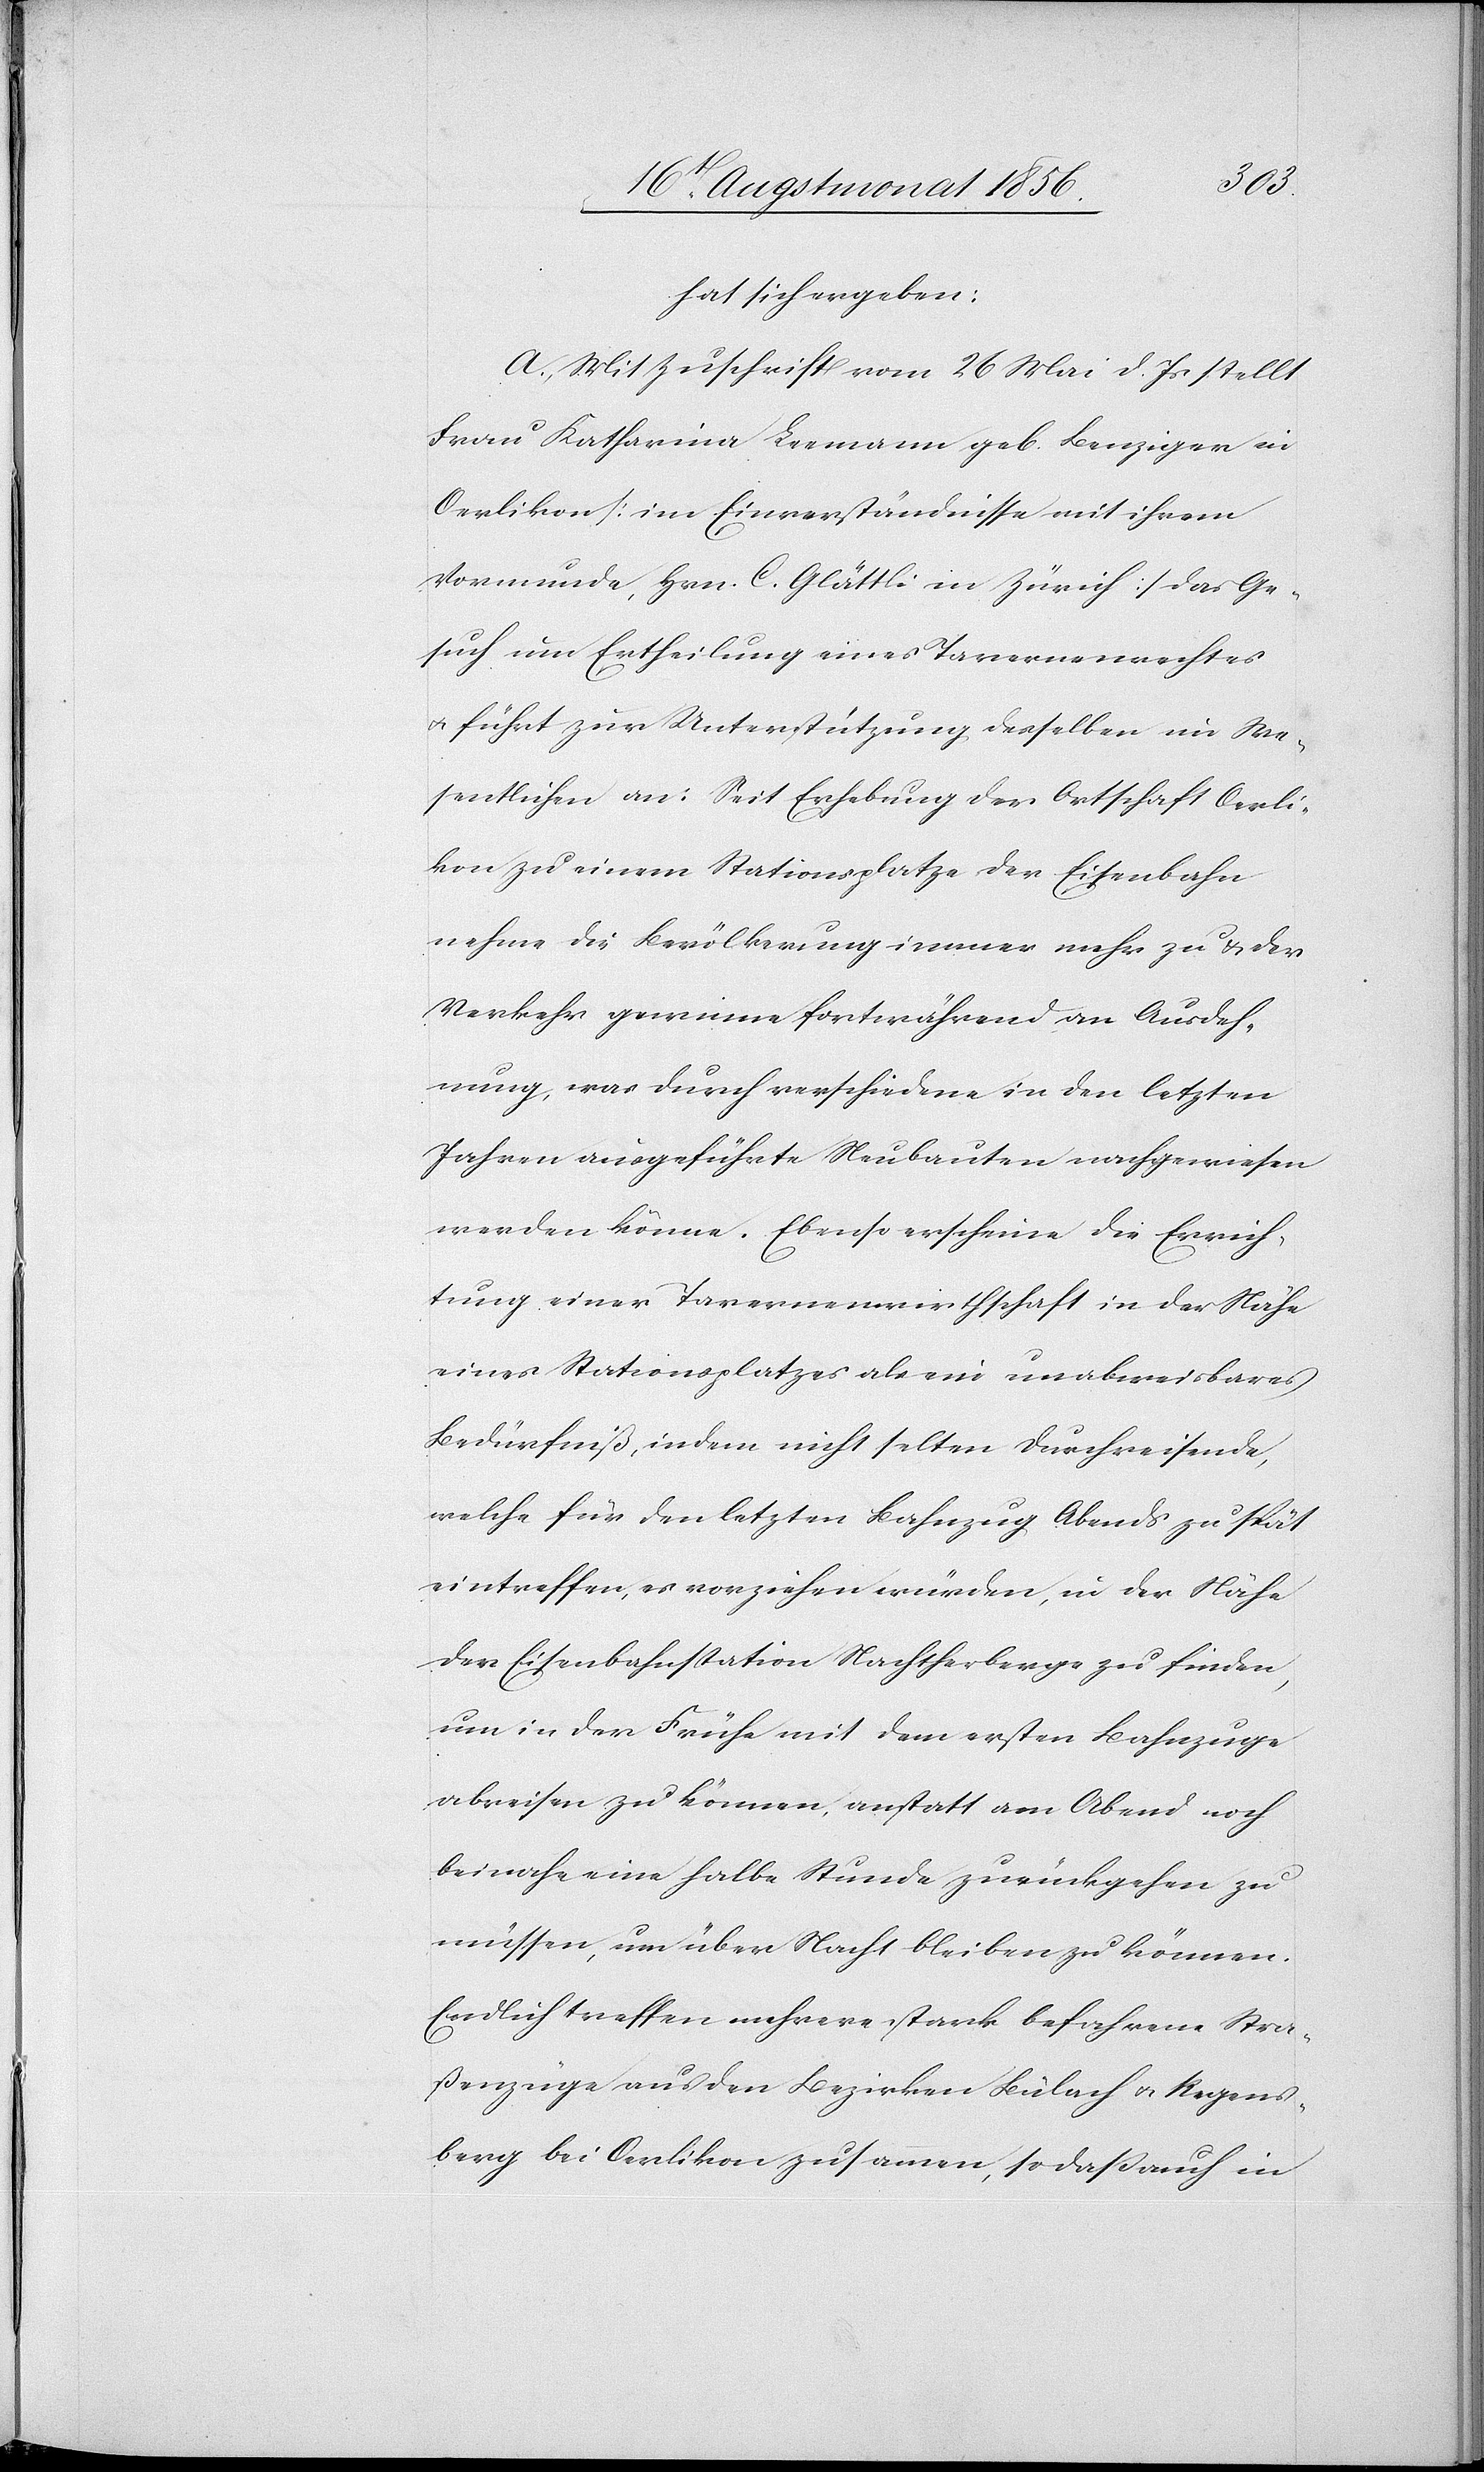
hat sich ergeben:
A.) Mit Zuschrift vom 26 Mai d. Js stellt
Frau Katharina Leemann geb. Benziger in
Oerlikon [im Einverständnisse mit ihrem
Vormunde, Hrn. C. Glättli in Zürich] das Ge¬
such um Ertheilung eines Tavernenrechtes
u. führt zur Unterstützung desselben im We¬
sentlichen an: Seit Erhebung der Ortschaft Oerli¬
kon zu einem Stationsplatze der Eisenbahn
nehme die Bevölkerung immer mehr zu & der
Verkehr gewinne fortwährend an Ausdeh¬
nung, was durch verschiedene in den letzten
Jahren ausgeführte Neubauten nachgewiesen
werden könne. Ebenso erscheine die Errich¬
tung einer Tavernenwirthschaft in der Nähe
eines Stationsplatzes als ein unabweisbares
Bedürfniß, indem nicht selten Durchreisende,
welche für den letzten Bahnzug Abends zu spät
eintreffen, es vorziehen würden, in der Nähe
der Eisenbahnstation Nachtherberge zu finden,
um in der Frühe mit dem ersten Bahnzuge
abreisen zu können, anstatt am Abend noch
beinahe eine halbe Stunde zurückgehen zu
müssen, um über Nacht bleiben zu können.
Endlich treffen mehrere stark befahrene Stra¬
ßenzüge aus den Bezirken Bülach u. Regens¬
berg bei Oerlikon zusammen, sodass auch in